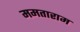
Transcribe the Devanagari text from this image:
ममताराम